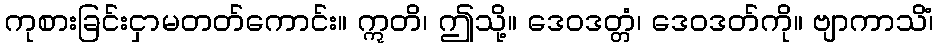
ကုစားခြင်းငှာမတတ်ကောင်း။ ဣတိ၊ ဤသို့။ ဒေဝဒတ္တံ၊ ဒေဝဒတ်ကို။ ဗျာကာသိံ၊